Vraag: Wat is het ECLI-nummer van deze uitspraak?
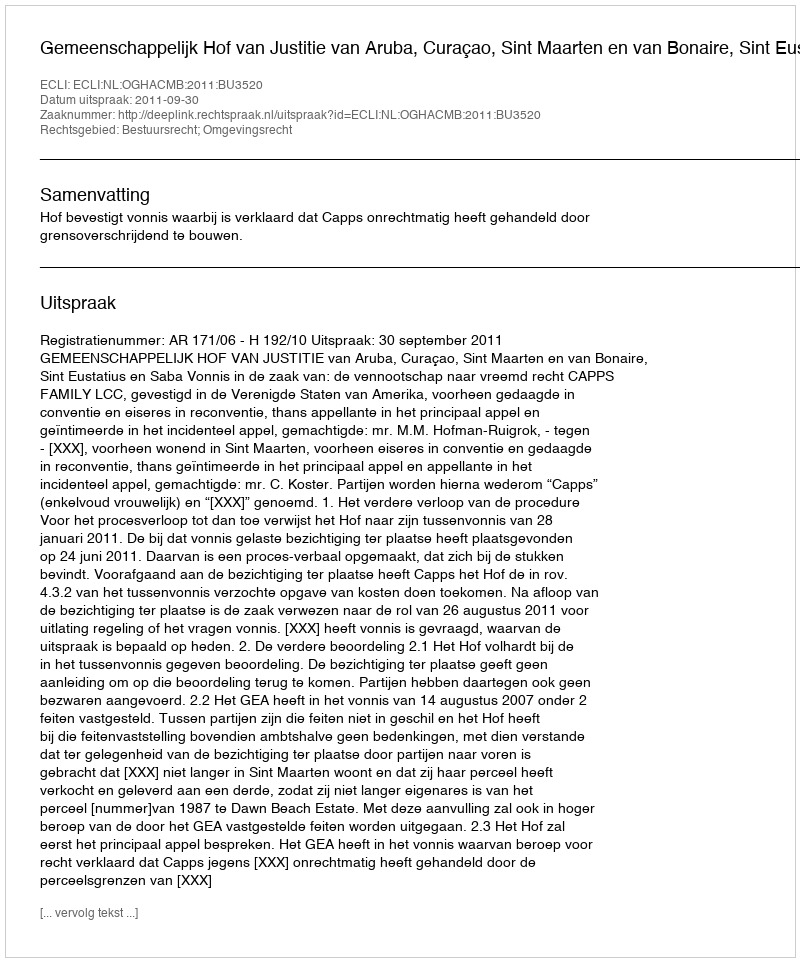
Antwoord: ECLI:NL:OGHACMB:2011:BU3520